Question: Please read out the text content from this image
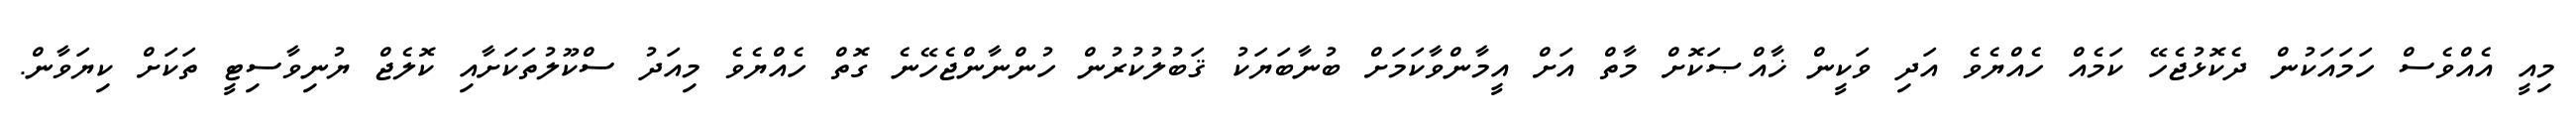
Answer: މިއީ އެއްވެސް ހަމައަކުން ދެކޮޅުޖެހޭ ކަމެއް ހެއްޔެވެ އަދި ވަކީން ޚާއްޞަކޮށް މާތް އަށް އީމާންވާކަމަށް ބުނާބަޔަކު ޤަބުލުކުރުން ހުންނާންޖެހޭނެ ގޮތް ހެއްޔެވެ މިއަދު ސްކޫލުތަކަށާއި ކޮލެޖް ޔުނިވާސިޓީ ތަކަށް ކިޔަވާން.